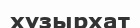
хұзырхат